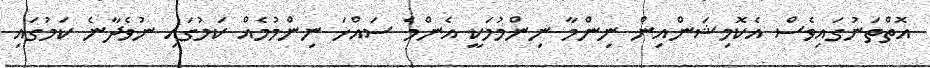
އޮތްތަނުގައިވެސް އެކޮމިޝަންއިން ނިންމާ ނިންމުމަކީ އެންމެ ސައްޚަ ނިންމުމެއް ކަމުގައި ނުވެދާނެ ކަމުގައި